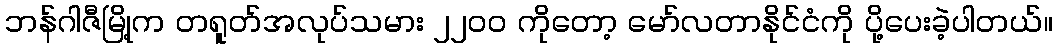
ဘန်ဂါဇီမြို့က တရူတ်အလုပ်သမား ၂၂၀၀ ကိုတော့ မော်လတာနိုင်ငံကို ပို့ပေးခဲ့ပါတယ်။